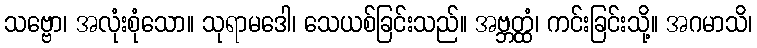
သဗ္ဗော၊ အလုံးစုံသော။ သုရာမဒေါ၊ သေယစ်ခြင်းသည်။ အဗ္ဘတ္ထံ၊ ကင်းခြင်းသို့။ အဂမာသိ၊